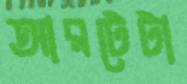
আরটেটা